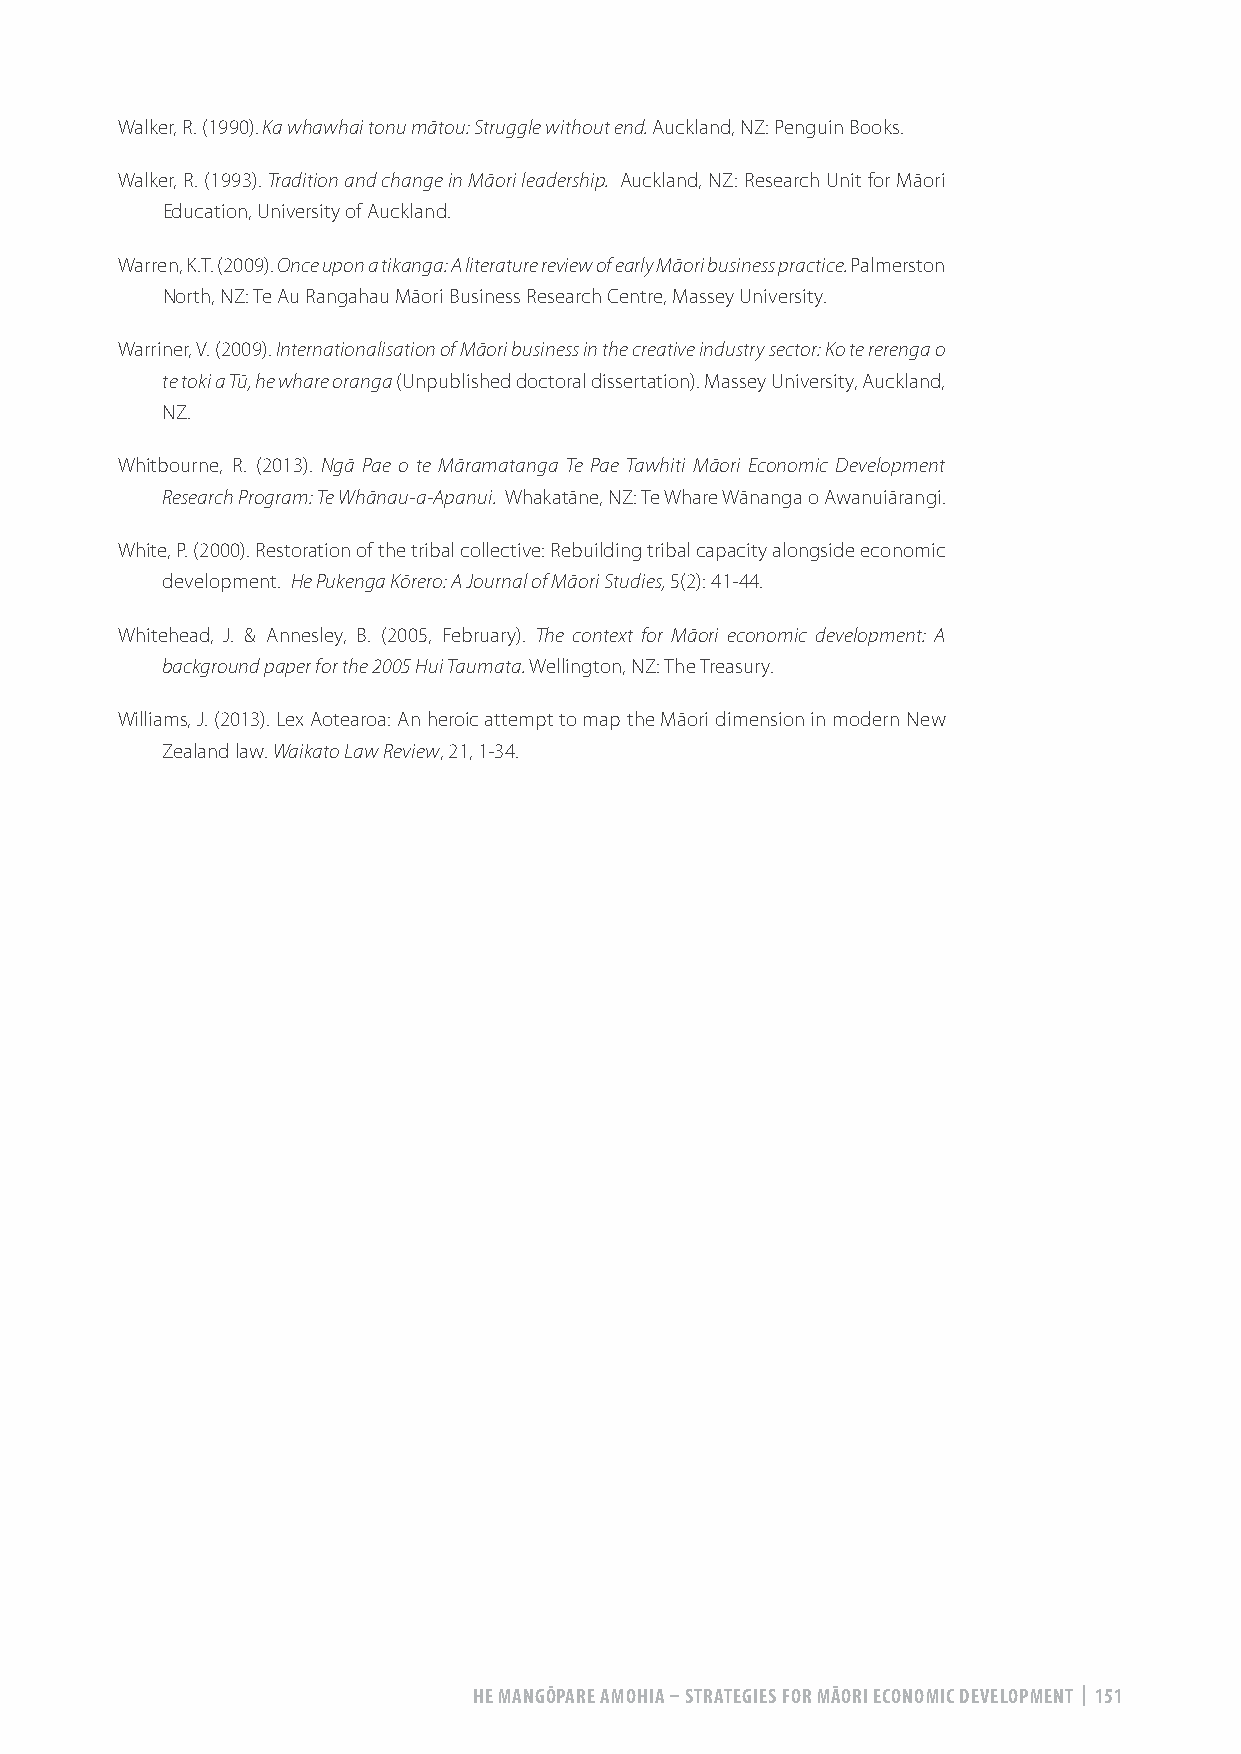
Walker, R. (1990). Ka whawhai tonu mātou: Struggle without end. Auckland, NZ: Penguin Books.
 Walker, R. (1993). Tradition and change in Māori leadership. Auckland, NZ: Research Unit for Māori
 Education, University of Auckland.
 Warren, K.T. (2009). Once upon a tikanga: A literature review of early Māori business practice. Palmerston
 North, NZ: Te Au Rangahau Māori Business Research Centre, Massey University.
 Warriner, V. (2009). Internationalisation of Māori business in the creative industry sector: Ko te rerenga o
 te toki a Tū, he whare oranga (Unpublished doctoral dissertation). Massey University, Auckland,
 NZ.
 Whitbourne, R. (2013). Ngā Pae o te Māramatanga Te Pae Tawhiti Māori Economic Development
 Research Program: Te Whānau-a-Apanui. Whakatāne, NZ: Te Whare Wānanga o Awanuiārangi.
 White, P. (2000). Restoration of the tribal collective: Rebuilding tribal capacity alongside economic
 development. He Pukenga Kōrero: A Journal of Māori Studies, 5(2): 41-44.
 Whitehead, J. & Annesley, B. (2005, February). The context for Māori economic development: A
 background paper for the 2005 Hui Taumata. Wellington, NZ: The Treasury.
 Williams, J. (2013). Lex Aotearoa: An heroic attempt to map the Māori dimension in modern New
 Zealand law. Waikato Law Review, 21, 1-34.
 HE MANGŌPARE AMOHIA – STRATEGIES FOR MĀORI ECONOMIC DEVELOPMENT | 151